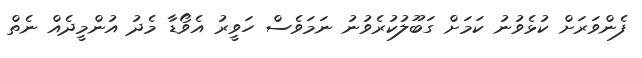
ފެންވަރަށް ކުޅެވުނު ކަމަށް ގަބޫލުކުރެވުނު ނަމަވެސް ހަވީރު އެވޯޑާ މެދު އުންމީދެއް ނެތް